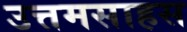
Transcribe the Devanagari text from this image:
उत्तमसाहस